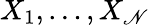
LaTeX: X_{1},\dots,X_{\mathscr{N}}